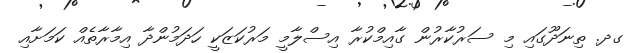
ގދ. ތިނަދޫގައި މި ސަރުކާރުން ގާއިމްކުރާ އިސްލާމީ މަރުކަޒަކީ ހަދަމުންދާ އިމާރާތެއް ކަމަށާއި